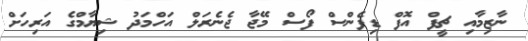
ނާޒިމާއި ޗީފް އޮފް ޑިފެންސް ފޯސް މޭޖާ ޖެނެރަލް އަހްމަދު ޝިޔާމްގެ އަރިހަށް